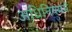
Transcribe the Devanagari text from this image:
अधिनियममें